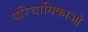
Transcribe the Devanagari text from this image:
परिचायिकाओ